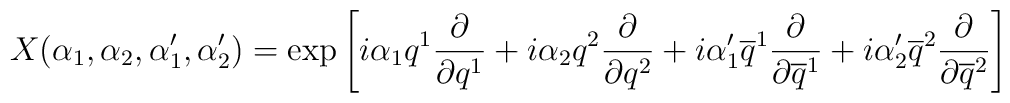
X(\alpha_1,\alpha_2,\alpha'_1,\alpha'_2)=\exp \left[ i\alpha_1 q^1{\partial\over\partial q^1}+ i\alpha_2 q^2{\partial\over\partial q^2}+i\alpha'_1 \overline{q}^1{\partial\over\partial \overline{q}^1}+i\alpha'_2 \overline{q}^2{\partial\over\partial \overline{q}^2}\right]